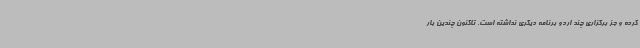
کرده و جز برگزاری چند اردو برنامه دیگری نداشته است. تاکنون چندین بار